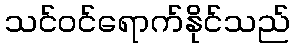
သင်ဝင်ရောက်နိုင်သည်